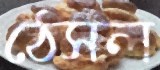
ঠেসল